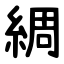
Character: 綢